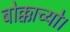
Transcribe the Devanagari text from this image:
बोक्काच्यो।